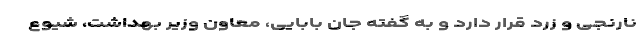
نارنجی و زرد قرار دارد و به گفته جان بابایی، معاون وزیر بهداشت، شیوع